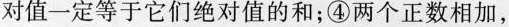
对值一定等于它们绝对值的和；④两个正数相加，